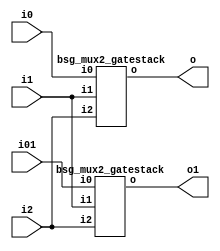


module top
(
  i0,
  i1,
  i2,
  o,
  i01, // added for decompiling
  o1 // added for decompiling
);

  input [31:0] i0;
  input [31:0] i1;
  input [31:0] i2;
  input [31:0] i01; // added for decompiling
  output [31:0] o;
  output [31:0] o1; // added for decompiling

  bsg_mux2_gatestack
  wrapper
  (
    .i0(i0),
    .i1(i1),
    .i2(i2),
    .o(o)
  );

  bsg_mux2_gatestack
  wrapper1
  (
    .i0(i01), // added for decompiling
    .i1(i1),
    .i2(i2),
    .o(o1) // added for decompiling
  );


endmodule



module bsg_mux2_gatestack
(
  i0,
  i1,
  i2,
  o
);

  input [31:0] i0;
  input [31:0] i1;
  input [31:0] i2;
  output [31:0] o;
  wire [31:0] o;
  wire N0,N1,N2,N3,N4,N5,N6,N7,N8,N9,N10,N11,N12,N13,N14,N15,N16,N17,N18,N19,N20,N21,
  N22,N23,N24,N25,N26,N27,N28,N29,N30,N31,N32,N33,N34,N35,N36,N37,N38,N39,N40,N41,
  N42,N43,N44,N45,N46,N47,N48,N49,N50,N51,N52,N53,N54,N55,N56,N57,N58,N59,N60,N61,
  N62,N63;
  assign o[0] = (N0)? i1[0] : 
                (N32)? i0[0] : 1'b0;
  assign N0 = i2[0];
  assign o[1] = (N1)? i1[1] : 
                (N33)? i0[1] : 1'b0;
  assign N1 = i2[1];
  assign o[2] = (N2)? i1[2] : 
                (N34)? i0[2] : 1'b0;
  assign N2 = i2[2];
  assign o[3] = (N3)? i1[3] : 
                (N35)? i0[3] : 1'b0;
  assign N3 = i2[3];
  assign o[4] = (N4)? i1[4] : 
                (N36)? i0[4] : 1'b0;
  assign N4 = i2[4];
  assign o[5] = (N5)? i1[5] : 
                (N37)? i0[5] : 1'b0;
  assign N5 = i2[5];
  assign o[6] = (N6)? i1[6] : 
                (N38)? i0[6] : 1'b0;
  assign N6 = i2[6];
  assign o[7] = (N7)? i1[7] : 
                (N39)? i0[7] : 1'b0;
  assign N7 = i2[7];
  assign o[8] = (N8)? i1[8] : 
                (N40)? i0[8] : 1'b0;
  assign N8 = i2[8];
  assign o[9] = (N9)? i1[9] : 
                (N41)? i0[9] : 1'b0;
  assign N9 = i2[9];
  assign o[10] = (N10)? i1[10] : 
                 (N42)? i0[10] : 1'b0;
  assign N10 = i2[10];
  assign o[11] = (N11)? i1[11] : 
                 (N43)? i0[11] : 1'b0;
  assign N11 = i2[11];
  assign o[12] = (N12)? i1[12] : 
                 (N44)? i0[12] : 1'b0;
  assign N12 = i2[12];
  assign o[13] = (N13)? i1[13] : 
                 (N45)? i0[13] : 1'b0;
  assign N13 = i2[13];
  assign o[14] = (N14)? i1[14] : 
                 (N46)? i0[14] : 1'b0;
  assign N14 = i2[14];
  assign o[15] = (N15)? i1[15] : 
                 (N47)? i0[15] : 1'b0;
  assign N15 = i2[15];
  assign o[16] = (N16)? i1[16] : 
                 (N48)? i0[16] : 1'b0;
  assign N16 = i2[16];
  assign o[17] = (N17)? i1[17] : 
                 (N49)? i0[17] : 1'b0;
  assign N17 = i2[17];
  assign o[18] = (N18)? i1[18] : 
                 (N50)? i0[18] : 1'b0;
  assign N18 = i2[18];
  assign o[19] = (N19)? i1[19] : 
                 (N51)? i0[19] : 1'b0;
  assign N19 = i2[19];
  assign o[20] = (N20)? i1[20] : 
                 (N52)? i0[20] : 1'b0;
  assign N20 = i2[20];
  assign o[21] = (N21)? i1[21] : 
                 (N53)? i0[21] : 1'b0;
  assign N21 = i2[21];
  assign o[22] = (N22)? i1[22] : 
                 (N54)? i0[22] : 1'b0;
  assign N22 = i2[22];
  assign o[23] = (N23)? i1[23] : 
                 (N55)? i0[23] : 1'b0;
  assign N23 = i2[23];
  assign o[24] = (N24)? i1[24] : 
                 (N56)? i0[24] : 1'b0;
  assign N24 = i2[24];
  assign o[25] = (N25)? i1[25] : 
                 (N57)? i0[25] : 1'b0;
  assign N25 = i2[25];
  assign o[26] = (N26)? i1[26] : 
                 (N58)? i0[26] : 1'b0;
  assign N26 = i2[26];
  assign o[27] = (N27)? i1[27] : 
                 (N59)? i0[27] : 1'b0;
  assign N27 = i2[27];
  assign o[28] = (N28)? i1[28] : 
                 (N60)? i0[28] : 1'b0;
  assign N28 = i2[28];
  assign o[29] = (N29)? i1[29] : 
                 (N61)? i0[29] : 1'b0;
  assign N29 = i2[29];
  assign o[30] = (N30)? i1[30] : 
                 (N62)? i0[30] : 1'b0;
  assign N30 = i2[30];
  assign o[31] = (N31)? i1[31] : 
                 (N63)? i0[31] : 1'b0;
  assign N31 = i2[31];
  assign N32 = ~i2[0];
  assign N33 = ~i2[1];
  assign N34 = ~i2[2];
  assign N35 = ~i2[3];
  assign N36 = ~i2[4];
  assign N37 = ~i2[5];
  assign N38 = ~i2[6];
  assign N39 = ~i2[7];
  assign N40 = ~i2[8];
  assign N41 = ~i2[9];
  assign N42 = ~i2[10];
  assign N43 = ~i2[11];
  assign N44 = ~i2[12];
  assign N45 = ~i2[13];
  assign N46 = ~i2[14];
  assign N47 = ~i2[15];
  assign N48 = ~i2[16];
  assign N49 = ~i2[17];
  assign N50 = ~i2[18];
  assign N51 = ~i2[19];
  assign N52 = ~i2[20];
  assign N53 = ~i2[21];
  assign N54 = ~i2[22];
  assign N55 = ~i2[23];
  assign N56 = ~i2[24];
  assign N57 = ~i2[25];
  assign N58 = ~i2[26];
  assign N59 = ~i2[27];
  assign N60 = ~i2[28];
  assign N61 = ~i2[29];
  assign N62 = ~i2[30];
  assign N63 = ~i2[31];

endmodule